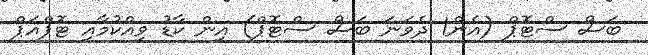
ބަސް ސްޓޮޕް (އެން1 ދެވަނަ ބަސް ސްޓޮޕް) އިން ކާޑު ވިއްކުމާއި ޓޮޕްއަޕް